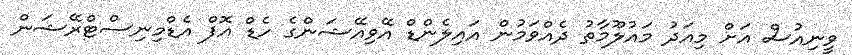
ވީނިއުސް އަށް މިއަދު މައުލޫމާތު ދެއްވަމުން އައިލެންޑް އޭވިއޭޝަންގެ ހެޑް އޮފް އެޑްމިނިސްޓްރޭޝަން